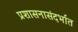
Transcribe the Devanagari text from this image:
प्रशासनासंदर्भात